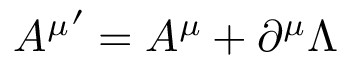
{ A ^ { \mu } } ^ { \prime } = A ^ { \mu } + \partial ^ { \mu } \Lambda